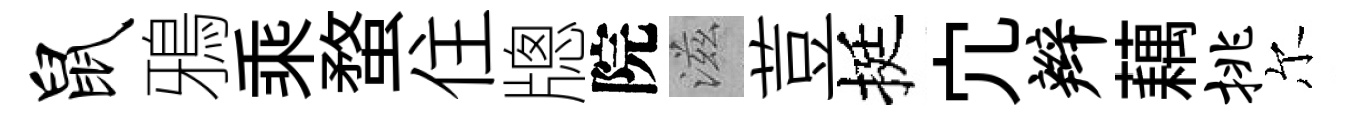
鼠鴉乘蝥住牕院滋荳挺宂辫藕挑尔